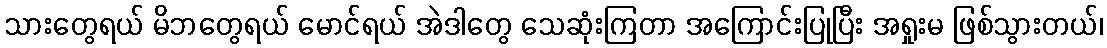
သားတွေရယ် မိဘတွေရယ် မောင်ရယ် အဲဒါတွေ သေဆုံးကြတာ အကြောင်းပြုပြီး အရှုးမ ဖြစ်သွားတယ်၊